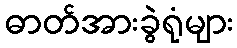
ဓာတ်အားခွဲရုံများ